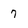
Character: 7